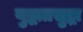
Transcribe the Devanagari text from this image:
युद्धातसुद्धा